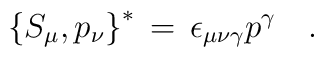
\left\{ S_\mu , p_\nu \right\}^{\ast} \,=\, \epsilon_{\mu \nu \gamma}p^\gamma\quad.